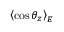
\left< \cos \theta _ { z } \right> _ { E }